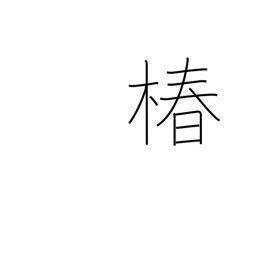
Meaning: camellia